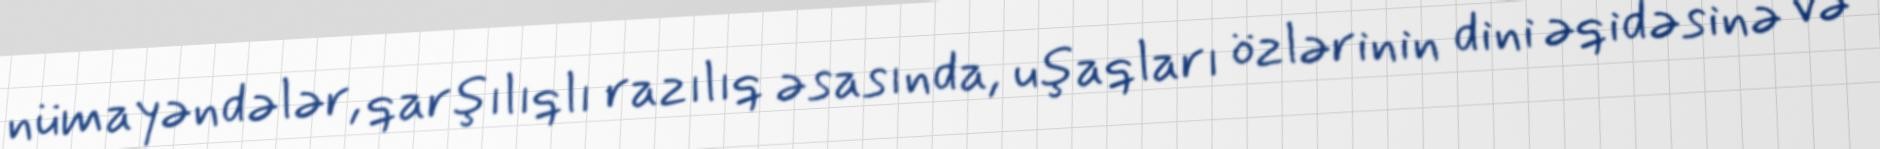
nümayəndələr, qarşılıqlı razılıq əsasında, uşaqları özlərinin dini əqidəsinə və